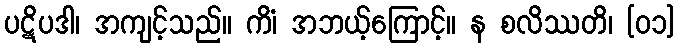
ပဋိပဒါ၊ အကျင့်သည်။ ကိံ၊ အဘယ့်ကြောင့်။ န စလိဿတိ၊ [၀၁]